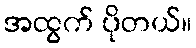
အထွက် ပိုတယ်။